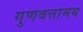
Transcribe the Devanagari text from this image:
गुणवत्तामय